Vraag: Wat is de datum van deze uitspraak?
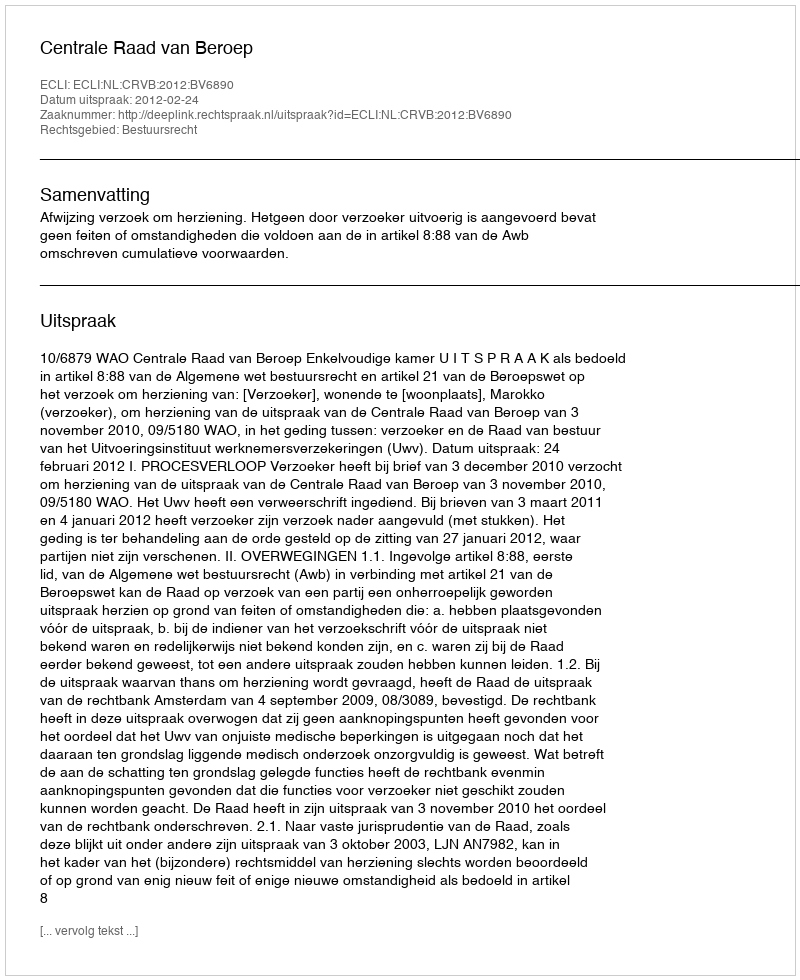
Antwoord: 2012-02-24